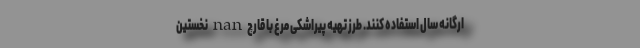
ارگانه سال استفاده کنند. طرز تهیه پیراشکی مرغ با قارچ nan نخستین